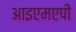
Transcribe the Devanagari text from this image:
आइएमएपी